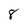
Character: 8